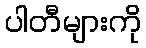
ပါတီများကို